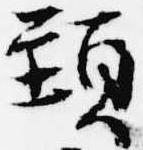
頸